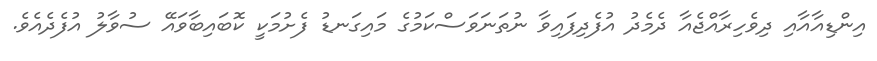
އިންޑިއާއާއި ދިވެހިރާއްޖެއާ ދެމެދު އުފެދިފައިވާ ނުތަނަވަސްކަމުގެ މައިގަނޑު ފެށުމަކީ ކޮބައިބާވައޭ ސުވާލު އުފެދެއެވެ.